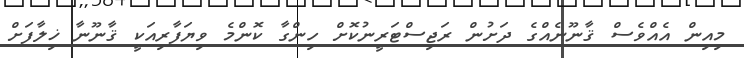
މިއިން އެއްވެސް ޤާނޫނެއްގެ ދަށުން ރަޖިސްޓަރީނުކޮށް ހިންގާ ކޮންމެ ވިޔަފާރިއަކީ ޤާނޫނާ ޚިލާފަށް